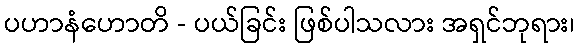
ပဟာနံဟောတိ - ပယ်ခြင်း ဖြစ်ပါသလား အရှင်ဘုရား၊